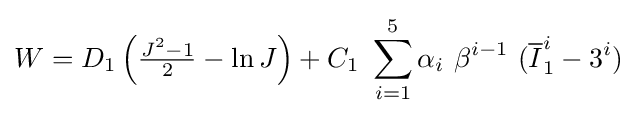
W=D_{1}\left({\tfrac {J^{2}-1}{2}}-\ln J\right)+C_{1}~\sum _{i=1}^{5}\alpha _{i}~\beta ^{i-1}~({\overline {I}}_{1}^{i}-3^{i})